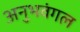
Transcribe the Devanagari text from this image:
अनुभवंगल